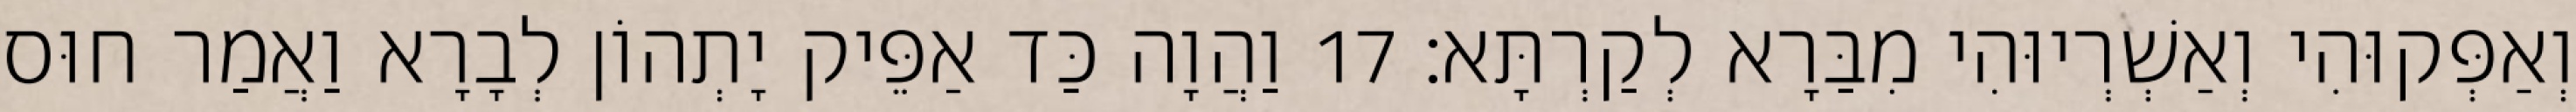
וְאַפְּקוּהִי וְאַשְׁרְיוּהִי מִבַּרָא לְקַרְתָּא׃ 17 וַהֲוָה כַּד אַפֵּיק יָתְהוֹן לְבָרָא וַאֲמַר חוּס